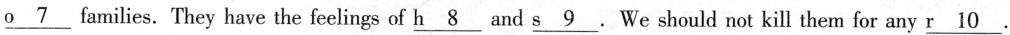
\underline{o7}families. They have the feelings of \underline{h8} and \underline{s9}. We should not kill them for any \underline{r10}